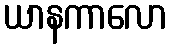
ယာနကာလော